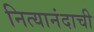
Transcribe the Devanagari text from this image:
नित्यानंदाची